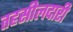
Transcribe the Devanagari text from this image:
तहसीलदारी